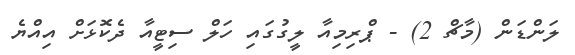
ލަންޑަން (މާޗް 2) - ޕްރިމިއާ ލީގުގައި ހަލް ސިޓީއާ ދެކޮޅަށް އިއްޔެ